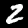
Digit: 2